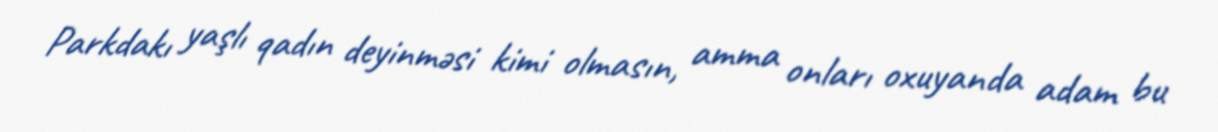
Parkdakı yaşlı qadın deyinməsi kimi olmasın, amma onları oxuyanda adam bu